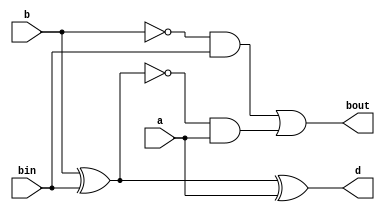
module fullsubtractor(a,b,bin,d,bout);
input a,b,bin;
output d,bout;
wire out_xor1,out_and1,out_not1,out_not2,out_and2;
xor(out_xor1,b,bin);
xor(d,out_xor1,a);
not(out_not1,b);
and(out_and1,out_not1,bin);
not(out_not2,out_xor1);
and(out_and2,out_not2,a);
or(bout,out_and1,out_and2);
endmodule